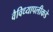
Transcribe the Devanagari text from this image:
वैविध्यापलीकडे